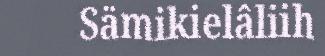
Sämikielâliih